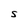
Character: S